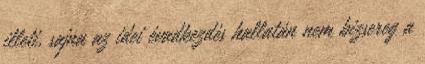
illeti, sajna az idei évadkezdés hallatán nem bizsereg a